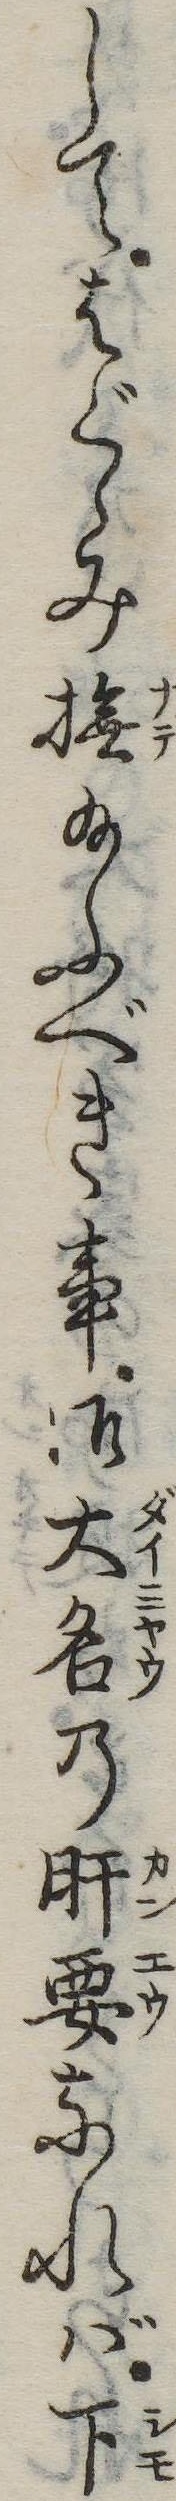
してはぐゝみ撫給ふべき事御大名の肝要なれば下